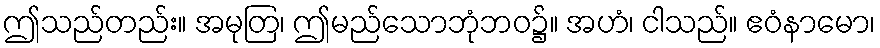
ဤသည်တည်း။ အမုတြ၊ ဤမည်သောဘုံဘဝ၌။ အဟံ၊ ငါသည်။ ဧဝံနာမော၊